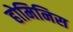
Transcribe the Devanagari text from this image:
होमिनिस